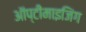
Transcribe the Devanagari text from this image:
ऑप्टीमाइजिंग